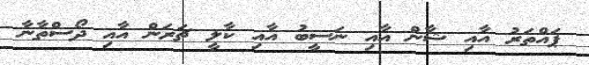
ޕައްތަރު އާއި ޝާން އާއި ނަސީބު އާއި ކާލީ ޗަރަން އާއި ދޯސްތާނާ